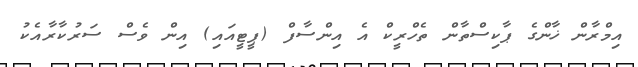
އިމްރާން ޚާންގެ ޕާކިސްތާން ތެހްރީކް އެ އިންސާފް (ޕީޓީއައި) އިން ވެސް ސަރުކާރާއެކު